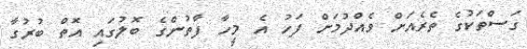
ގަސްތަކުގެ ތެރެއަށް ވެއްދުމަށް ފަހު އެ މީހާ ފާތުންގެ ބޮލުގައި އޮތް ބުރުގާ